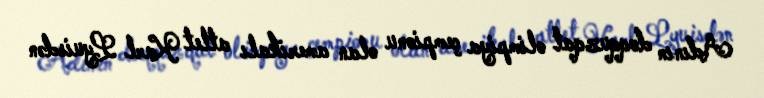
Adının doqquzqat olimpiya çempionu olan amerikalı atlet Karl Lyuisdən